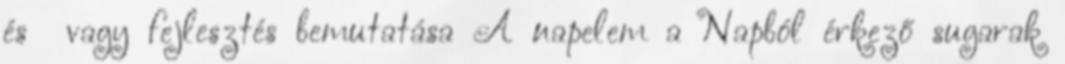
és vagy fejlesztés bemutatása A napelem a Napból érkező sugarak